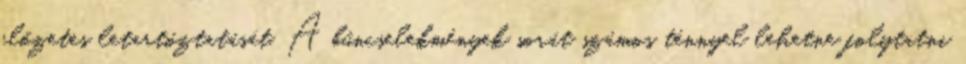
előzetes letartóztatását. A bűncselekmények sorát számos ténnyel lehetne folytatni